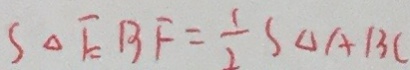
S _ { \Delta E B F } = \frac { 1 } { 2 } S _ { \Delta A B C }